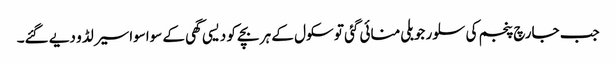
جب جارچ پنجم کی سلور جوبلی منائی گئی تو سکول کے ہر بچے کو دیسی گھی کے سواسواسیر لڈو دیے گئے۔